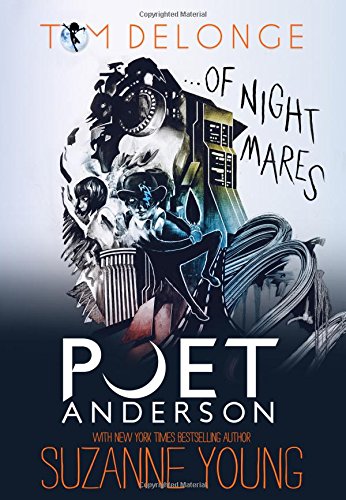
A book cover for Poet Anderson ...Of Nightmares; Tom DeLonge; Teen & Young Adult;